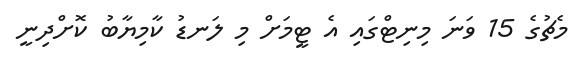
މެޗުގެ 15 ވަނަ މިނިޓްގައި އެ ޓީމަށް މި ލަނޑު ކާމިޔާބު ކޮށްދިނީ